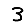
Digit: 3